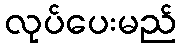
လုပ်ပေးမည်